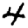
Digit: 4